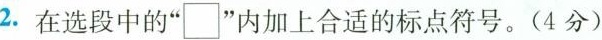
2.在选段中的”\Box”内加上合适的标点符号。(4分)